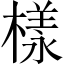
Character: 樣